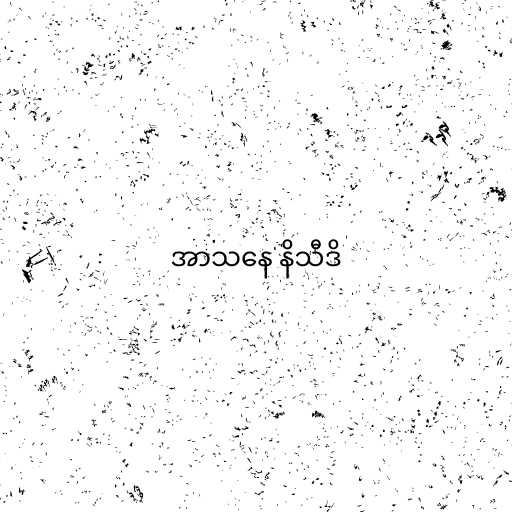
အာသနေ နိသီဒိ